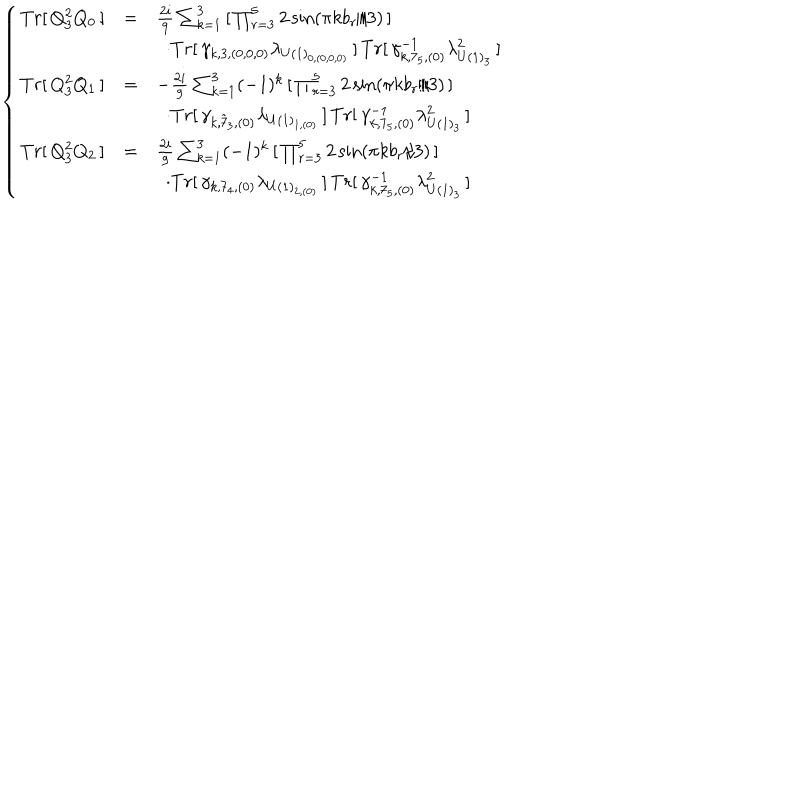
LaTeX: \left\{ \begin{array} { l l l } { { T r [ \, Q _ { 3 } ^ { 2 } Q _ { 0 } \, ] } } & { { = } } & { { \frac { 2 i } { 9 } \sum _ { k = 1 } ^ { 3 } \, [ \, \prod _ { r = 3 } ^ { 5 } 2 \sin ( { \pi k b _ { r } } / { 3 } ) \, ] \, } } \\ { { } } & { { } } & { { \, \, \, \cdot T r [ \, \gamma _ { k , 3 , ( 0 , 0 , 0 ) } \lambda _ { U ( 1 ) _ { 0 , ( 0 , 0 , 0 ) } } \, ] \, T r [ \, \gamma _ { k , 7 _ { 5 } , ( 0 ) } ^ { - 1 } \lambda _ { U ( 1 ) _ { 3 } } ^ { 2 } \, ] } } \\ { { T r [ \, Q _ { 3 } ^ { 2 } Q _ { 1 } \, ] } } & { { = } } & { { - \frac { 2 i } { 9 } \sum _ { k = 1 } ^ { 3 } ( - 1 ) ^ { k } \, [ \, \prod _ { r = 3 } ^ { 5 } 2 \sin ( { \pi k b _ { r } } / { 3 } ) \, ] \, } } \\ { { } } & { { } } & { { \, \, \, \cdot T r [ \, \gamma _ { k , { \tilde { 7 } } _ { 3 } , ( 0 ) } \lambda _ { U ( 1 ) _ { 1 , ( 0 ) } } \, ] \, T r [ \, \gamma _ { k , 7 _ { 5 } , ( 0 ) } ^ { - 1 } \lambda _ { U ( 1 ) _ { 3 } } ^ { 2 } \, ] } } \\ { { T r [ \, Q _ { 3 } ^ { 2 } Q _ { 2 } \, ] } } & { { = } } & { { \frac { 2 i } { 9 } \sum _ { k = 1 } ^ { 3 } ( - 1 ) ^ { k } \, [ \, \prod _ { r = 3 } ^ { 5 } 2 \sin ( { \pi k b _ { r } } / { 3 } ) \, ] \, } } \\ { { } } & { { } } & { { \, \, \, \cdot T r [ \, \gamma _ { k , 7 _ { 4 } , ( 0 ) } \lambda _ { U ( 1 ) _ { 2 , ( 0 ) } } \, ] \, T r [ \, \gamma _ { k , 7 _ { 5 } , ( 0 ) } ^ { - 1 } \lambda _ { U ( 1 ) _ { 3 } } ^ { 2 } \, ] } } \\ \end{array} \right.